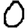
Digit: 0